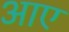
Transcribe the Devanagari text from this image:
अाए